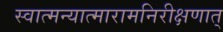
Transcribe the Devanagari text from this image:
स्वात्मन्यात्मारामनिरीक्षणात्